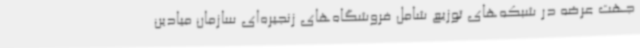
جهت عرضه در شبکه‌های توزیع شامل فروشگاه‌های زنجیره‌ای سازمان میادین